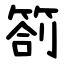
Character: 箚